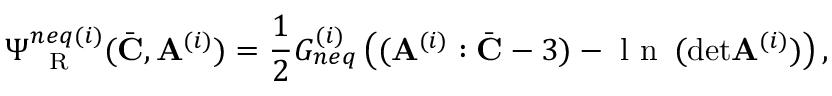
\Psi _ { \mathrm { ~ \tiny ~ R ~ } } ^ { n e q ( i ) } ( \bar { \mathbf { C } } , \mathbf { A } ^ { ( i ) } ) = \frac { 1 } { 2 } G _ { n e q } ^ { ( i ) } \left( ( \mathbf { A } ^ { ( i ) } : \bar { \mathbf { C } } - 3 ) - \mathrm { ~ l ~ n ~ } \, ( \mathrm { d e t } \mathbf { A } ^ { ( i ) } ) \right) ,